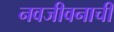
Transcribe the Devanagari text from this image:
नवजीवनाची